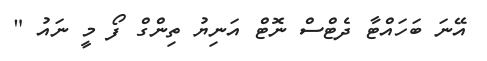
އޭނަ ބަހައްޓާ ދެޓްސް ނޮޓް އަނިޔު ތިންގް ފޯ މީ ނައު "